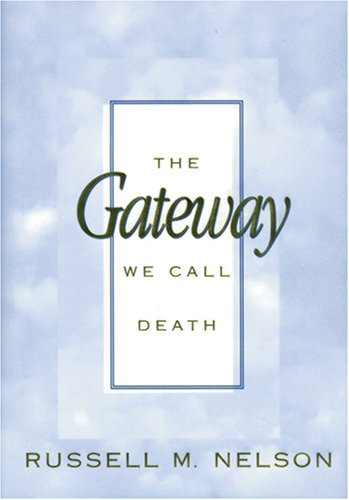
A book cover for The Gateway We Call Death; Russell M Nelson; Christian Books & Bibles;